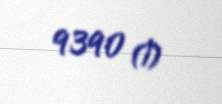
9390 ₼